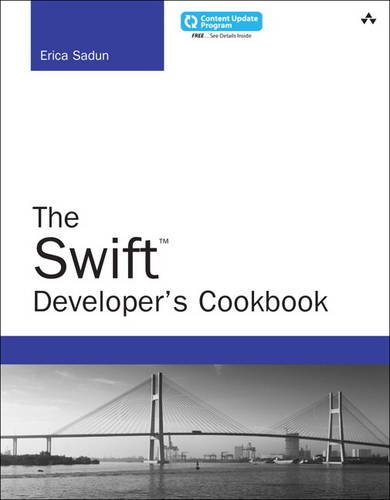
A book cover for The Swift Developer's Cookbook (includes Content Update Program) (Developer's Library); Erica Sadun; Computers & Technology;